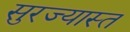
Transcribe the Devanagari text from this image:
सुरज्यास्त